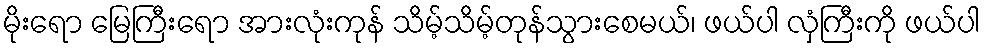
မိုးရော မြေကြီးရော အားလုံးကုန် သိမ့်သိမ့်တုန်သွားစေမယ်၊ ဖယ်ပါ လှံကြီးကို ဖယ်ပါ